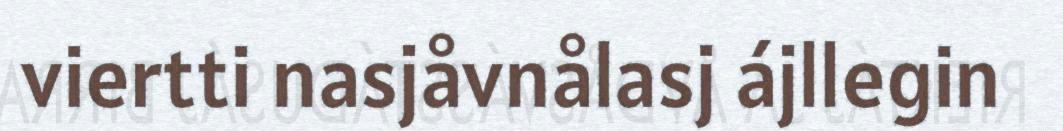
viertti nasjåvnålasj ájllegin